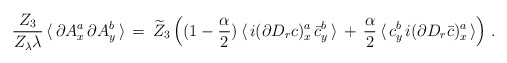
\begin{align*} \frac{Z_3}{Z_\lambda \lambda} \, \langle \, \partial A^a_x \, \partial A^b_y \, \rangle \, = \, \widetilde Z_3 \, \Big( (1-\frac \alpha 2) \, \langle \, i (\partial D_r c)^a_x \, \bar c^b_y\, \rangle \, + \, \frac \alpha 2 \, \langle \, c^b_y\, i(\partial D_r \bar c)^a_x \, \rangle \Big) \;.\end{align*}